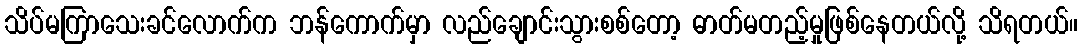
သိပ်မကြာသေးခင်လောက်က ဘန်ကောက်မှာ လည်ချောင်းသွားစစ်တော့ ဓာတ်မတည့်မှုဖြစ်နေတယ်လို့ သိရတယ်။